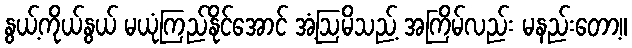
နွယ့်ကိုယ်နွယ် မယုံကြည်နိုင်အောင် အံ့ဩမိသည့် အကြိမ်လည်း မနည်းတော့။